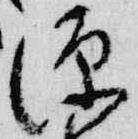
源